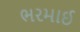
ભરમાઈ